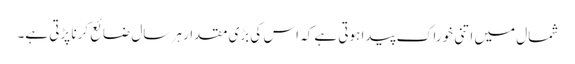
شمال میں اتنی خوراک پیدا ہوتی ہے کہ اس کی بڑی مقدار ہر سال ضائع کرنا پڑتی ہے۔